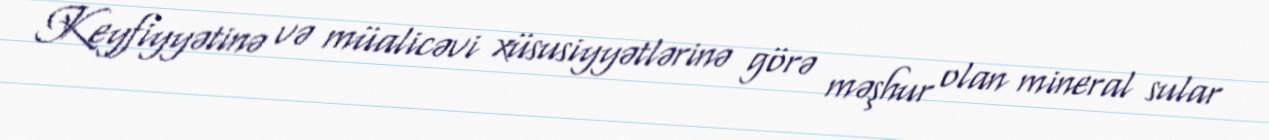
Keyfiyyətinə və müalicəvi xüsusiyyətlərinə görə məşhur olan mineral sular